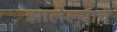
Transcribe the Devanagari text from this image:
झालेल्याचें